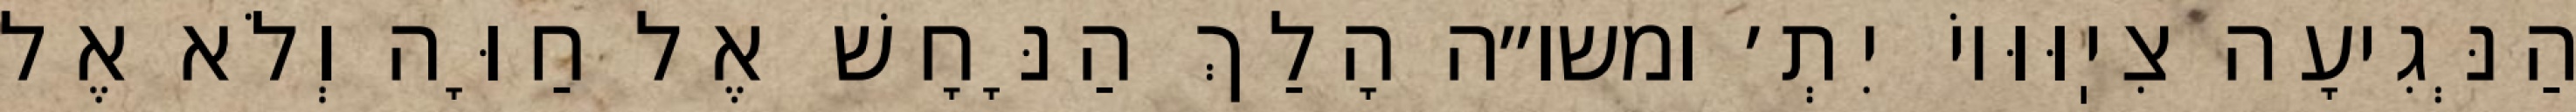
הַנְּגִיעָה צִיֽוּוּיוֹ יִתְ׳ ומשו״ה הָלַךְ הַנָּחָשׁ אֶל חַוָּה וְלֹא אֶל